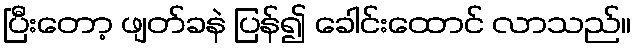
ပြီးတော့ ဖျတ်ခနဲ ပြန်၍ ခေါင်းထောင် လာသည်။